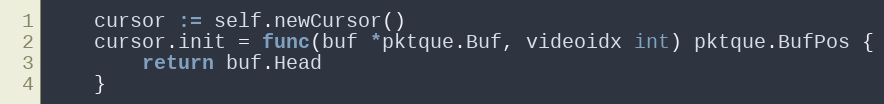
Language: Go
	cursor := self.newCursor()
	cursor.init = func(buf *pktque.Buf, videoidx int) pktque.BufPos {
		return buf.Head
	}